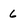
Character: 6